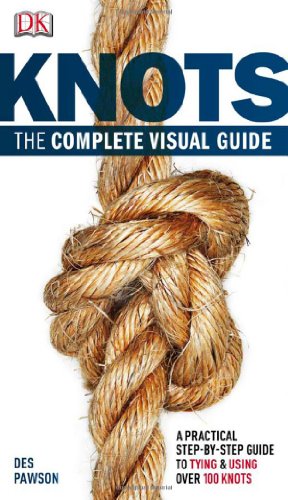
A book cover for Knots: the Complete Visual Guide; Des Pawson; Crafts, Hobbies & Home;